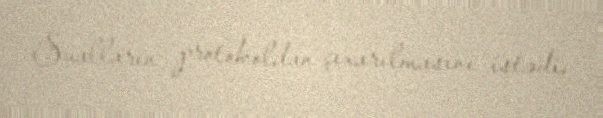
Sualların protokoldan çıxarılmasını istədi.